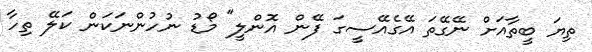
ތިޔަ ބީތާއަށް ނޭގޭތަ އޭގެއޭސީގަ ފޭން އޮންލީ" މޯޑު ނުހުންނަކަން ކަލޭ ތިހާ